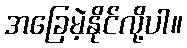
အခြေမဲ့နိုင်လို့ပါ။